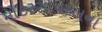
મોટરસાયકલના